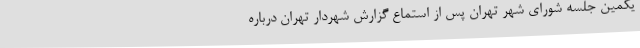
یکمین جلسه شورای شهر تهران پس از استماع گزارش شهردار تهران درباره